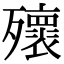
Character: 𣩹